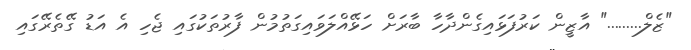
"ޒެލް........." އާޒީން ކަރުފަޅައިގެންދާހާ ބާރަށް ހަޅޭއްލަވައިގަތުމުން ފާރުތަކުގައި ޖެހި އެ އަޑު ގޭތެރޭގައި